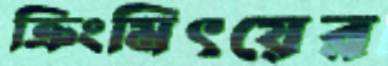
ক্রিংমিৎয়ের